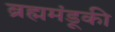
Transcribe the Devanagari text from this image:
ब्रह्ममंडूकी